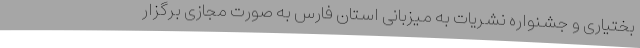
بختیاری و جشنواره نشریات به میزبانی استان فارس به صورت مجازی برگزار